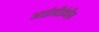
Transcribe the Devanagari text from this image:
आईसीईवीज़